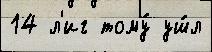
14 л'иг тому́ уш́л